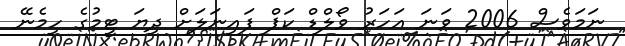
ނަމަވެސް 2006 ވަނަ އަހަރު ވޯލްޑް ކަޕް ފައިނަލަށް ދިޔަ ޓީމުގެ ހިމެނޭ